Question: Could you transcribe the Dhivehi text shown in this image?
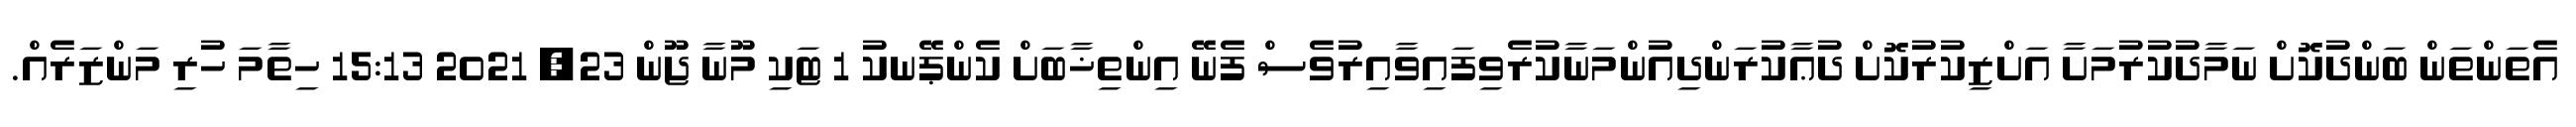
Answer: އެތަންތަން ބަންދުކޮށް ނަމާދުކުރުމަށާ އަށްޒިކުރުކޮށް ދުޢާކުރަންދިއުންމަނާކުރެވިފައިވާއިރުވެސް ފެނޭ އިންތިޚާބަށް ކެންޕޭނކު 1 ޓަކި މޫނާ ޖޫން 23, 2021 15:13 ހިތާމަ ހުރި މަންޒަރެއް.